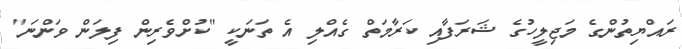
ރައްޔިތުންގެ މަޖިލީހުގެ ޝަރަފާއި ކަރާމަތް ގެއްލި އެ ތަނަކީ "ކުށްވެރިން ފިލަން ވަންނަ"